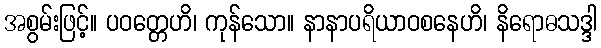
အစွမ်းဖြင့်။ ပဝတ္တေဟိ၊ ကုန်သော။ နာနာပရိယာဝစနေဟိ၊ နိရောဓသဒ္ဒါ